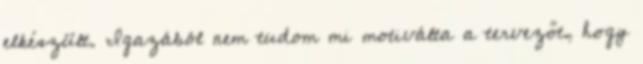
elkészült. Igazából nem tudom mi motiválta a tervezőt, hogy